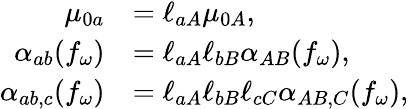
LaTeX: \begin{array}{rl}{\mu_{0a}}&{=\ell_{aA}\mu_{0A},}\\ {\alpha_{ab}(f_{\omega})}&{=\ell_{aA}\ell_{bB}\alpha_{AB}(f_{\omega}),}\\ {\alpha_{ab,c}(f_{\omega})}&{=\ell_{aA}\ell_{bB}\ell_{cC}\alpha_{AB,C}(f_{\omega}),}\end{array}